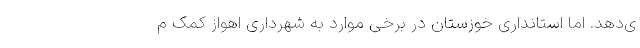
ی‌دهد. اما استانداری خوزستان در برخی موارد به شهرداری اهواز کمک م